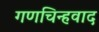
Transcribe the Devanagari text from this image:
गणचिन्हवाद